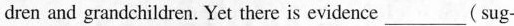
dren and grandchildren. Yet there is evidence ___ (sug-